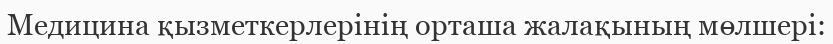
Медицина қызметкерлерінің орташа жалақының мөлшері: